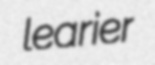
learier